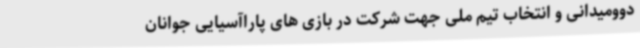
دوومیدانی و انتخاب تیم ملی جهت شرکت در بازی های پاراآسیایی جوانان